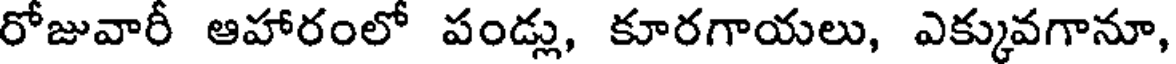
రోజువారీ ఆహారంలో పండ్లు, కూరగాయలు, ఎక్కువగానూ,